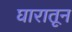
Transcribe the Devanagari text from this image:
घारातून